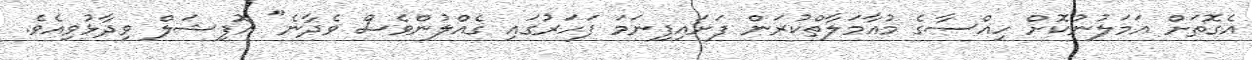
އެގޮތަށް އަމަލުނުކޮށް ހިއްސާގެ މުއާމަލާތްކުރަން ފަށައިފިނަމަ ފަހަރުގައި ގެއްލުންވެސް ވެދާނެ" އޮފިޝަލް ވިދާޅުވިއެވެ.